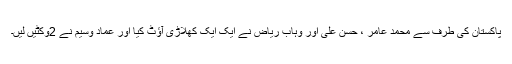
پاکستان کی طرف سے محمد عامر ، حسن علی اور وہاب ریاض نے ایک ایک کھلاڑی آؤٹ کیا اور عماد وسیم نے 2وکٹیں لیں۔